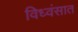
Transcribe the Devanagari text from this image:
विध्वंसात